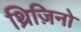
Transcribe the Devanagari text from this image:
थ्रिज़िनो